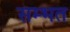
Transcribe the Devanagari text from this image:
सम्भत